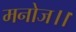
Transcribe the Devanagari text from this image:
मनोज।।